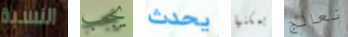
النسبة يجب يحدث يمكنها نعالج